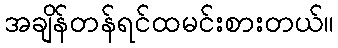
အချိန်တန်ရင်ထမင်းစားတယ်။